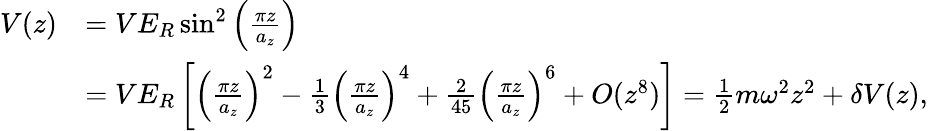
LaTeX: \begin{array}{rl}{V(z)}&{=VE_{R}\sin^{2}\left(\frac{\pi z}{a_{z}}\right)}\\ &{=VE_{R}\left[\left(\frac{\pi z}{a_{z}}\right)^{2}-\frac{1}{3}\left(\frac{\pi z}{a_{z}}\right)^{4}+\frac{2}{45}\left(\frac{\pi z}{a_{z}}\right)^{6}+O(z^{8})\right]=\frac{1}{2}m\omega^{2}z^{2}+\delta V(z),}\end{array}